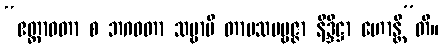
“ဧတ္တာဝတာ စ ဘဂဝတာ သဗ္ဗာပိ တာပသပဗ္ဗဇ္ဇာ နိဒ္ဒိဋ္ဌာ ဟောန္တီ”တိ။